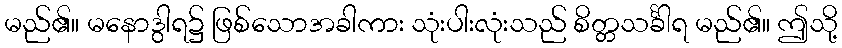
မည်၏။ မနောဒွါရ၌ ဖြစ်သောအခါကား သုံးပါးလုံးသည် စိတ္တသင်္ခါရ မည်၏။ ဤသို့